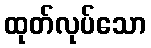
ထုတ်လုပ်သော